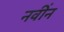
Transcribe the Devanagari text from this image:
नवींन